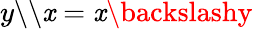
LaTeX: y\backslash\backslash\mathit{x}=\mathit{x}\backslashy